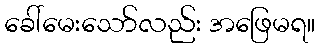
ခေါ်မေးသော်လည်း အဖြေမရ။